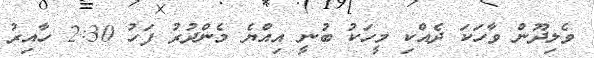
ވެލިދޫން ވާހަކަ ދެއްކި މީހަކު ބުނީ އިއްޔެ މެންދުރު ފަހު 2:30 ހާއިރު